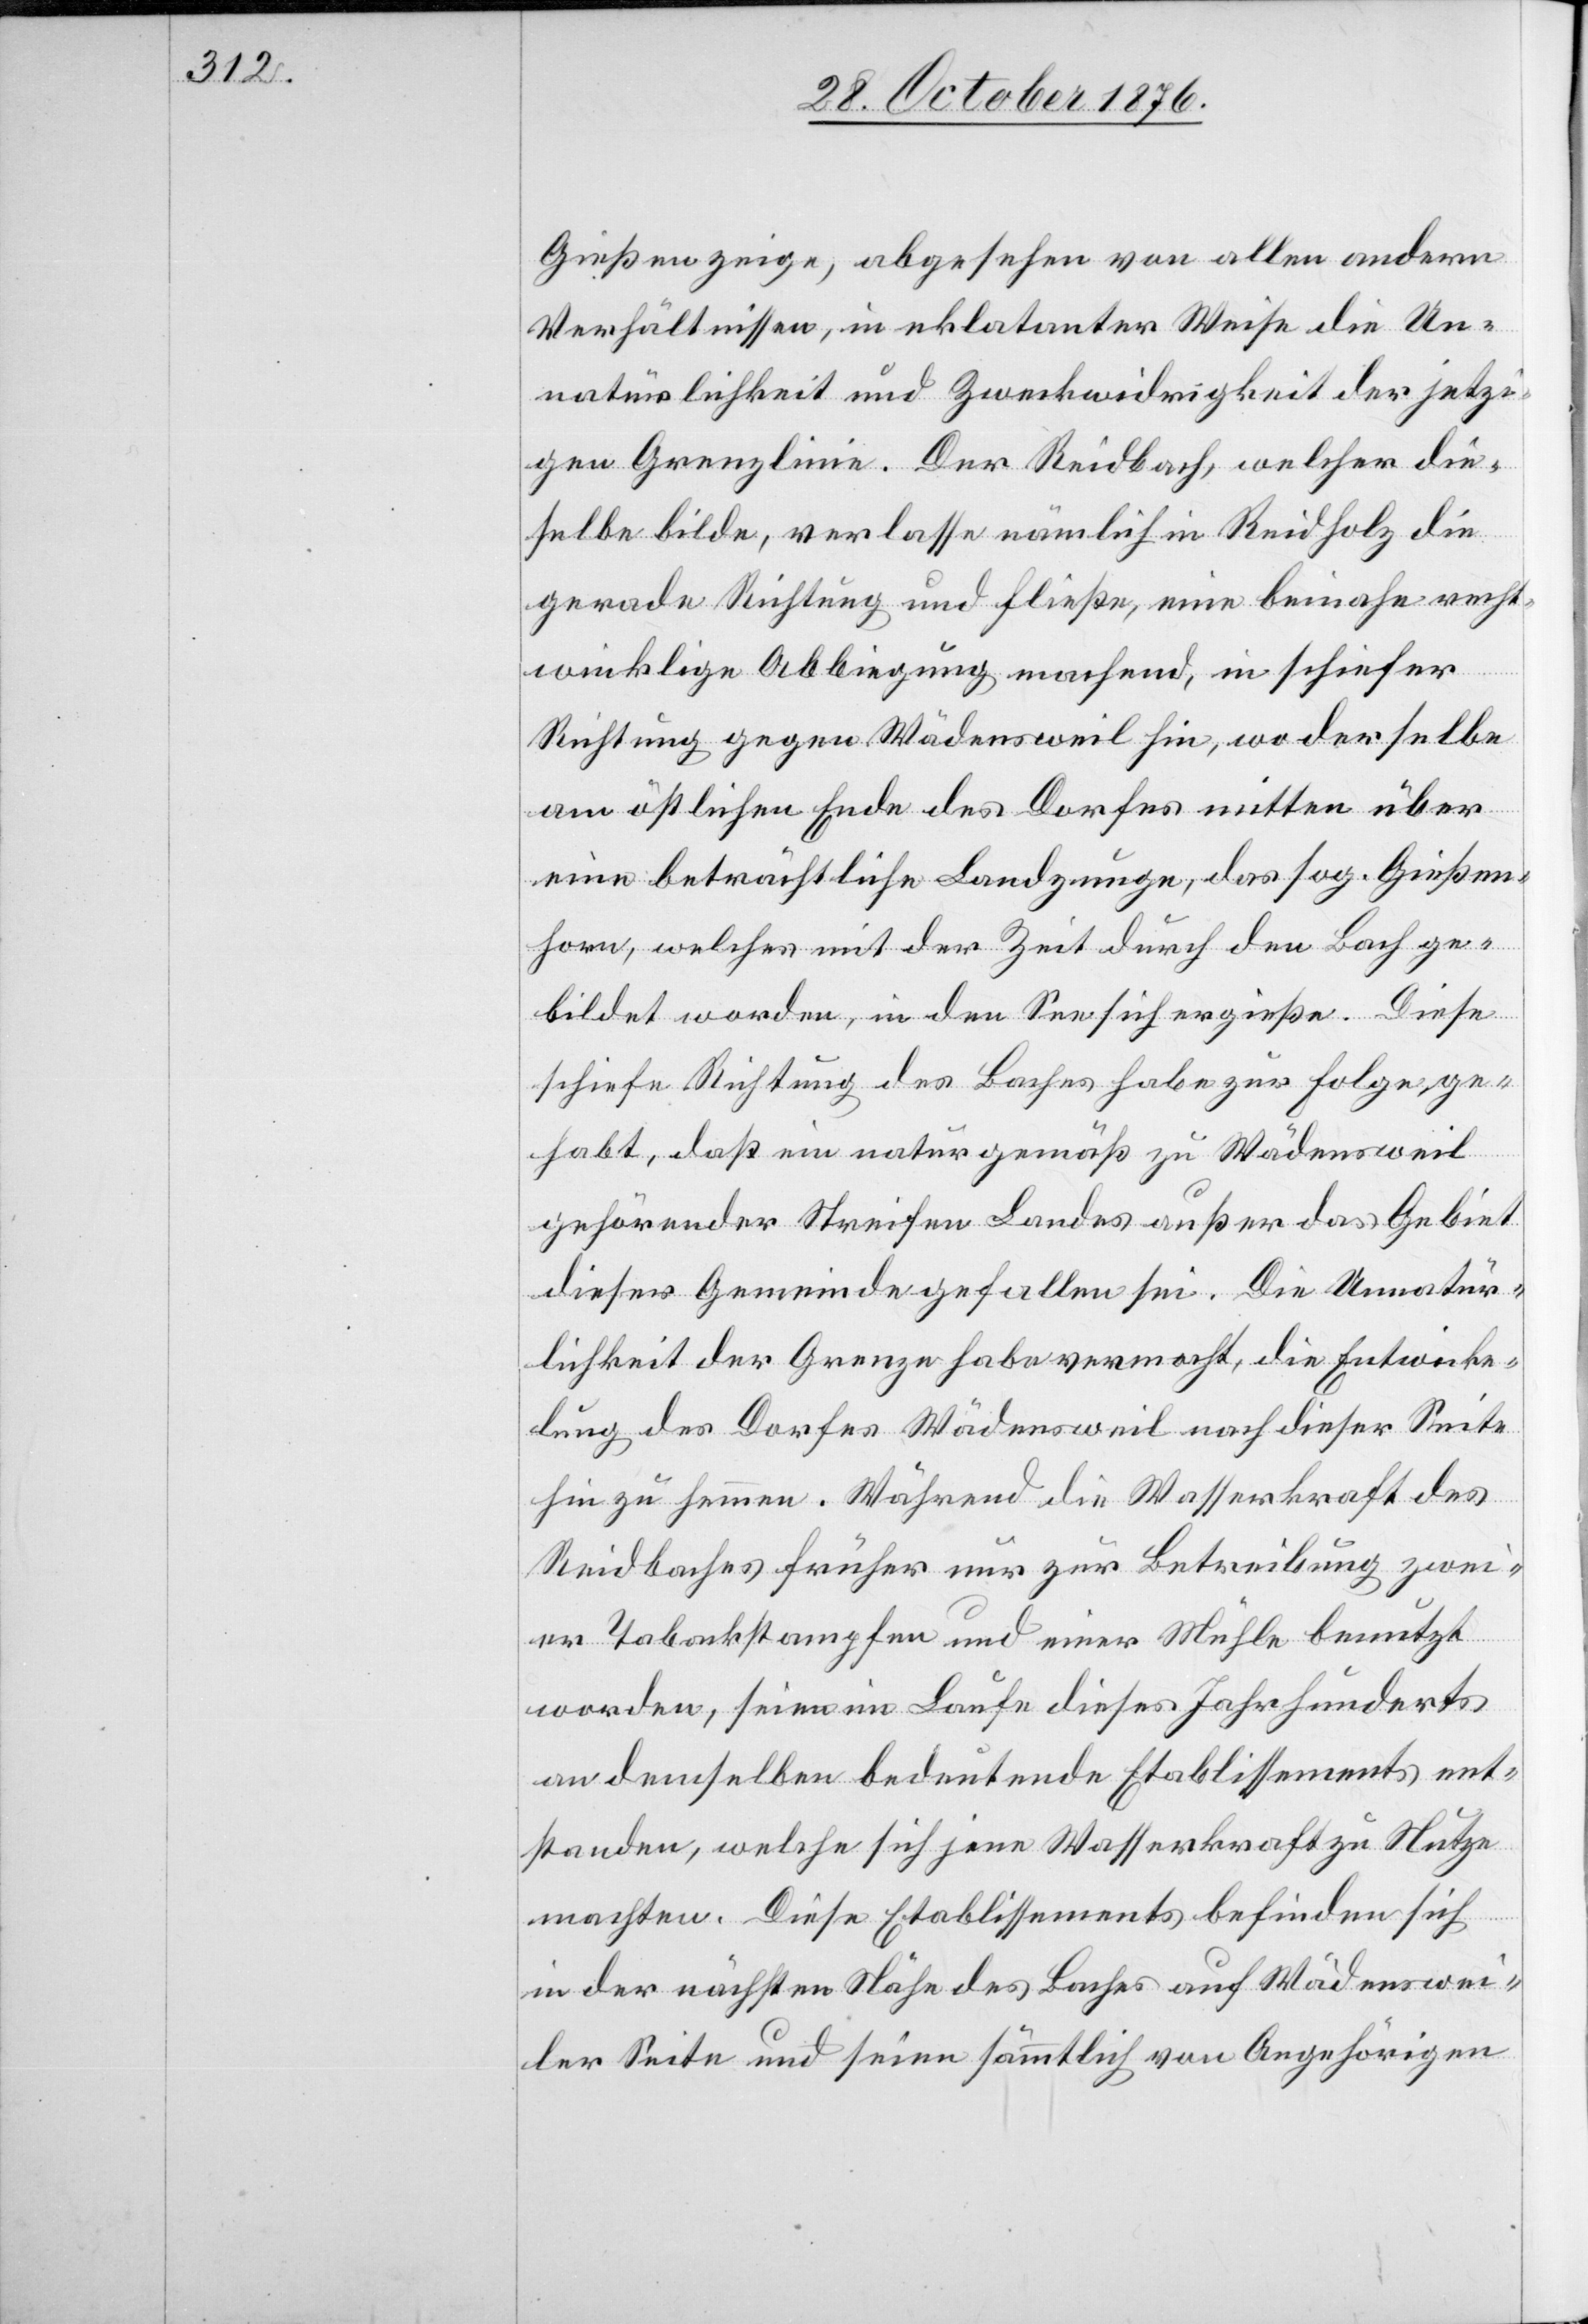
Gießen zeige, abgesehen von aleln andern
Verhältnissen, in eklatanter Weise die Un¬
natürlichkeit und Zweckwidrigkeit der jetzi¬
gen Grenzlinie. Der Reidbach, welcher die¬
selbe bilde, verlasse nämlich in Reidholz die
gerade Richtung und fließe, eine beinahe recht¬
winklige Abbiegung machend, in schiefer
Richtung gegen Wädensweil hin, wo derselbe
am östlichen Ende des Dorfes mitten über
eine beträchtliche Landzunge, das sog. Gießen¬
horn, welches mit der Zeit durch den Bach ge¬
bildet worden, in den See sich ergieße. Diese
schiefe Richtung des Baches habe zur Folge ge¬
habt, daß ein naturgemäß zu Wädensweil
gehörender Streifen Landes außer das Gebiet
dieser Gemeinde gefallen sei. Die Unnatür¬
lichkeit der Grenze habe vermocht, die Entwicke¬
lung des Dorfes Wädensweil nach dieser Seite
hin zu hemmen. Während die Wasserkraft des
Reidbaches früher nur zur Betreibung zwei¬
er Tabakstampfen und einer Mühle benutzt
worden, seien im Laufe dieses Jahrhunderts
an demselben bedeutende Etablissements ent¬
standen, welche sich jene Wasserkraft zu Nutze
machten. Diese Etablissements befinden sich
in der nächsten Nähe des Baches auf Wädenswei¬
ler Seite und seien sämmtlich von Angehörigen